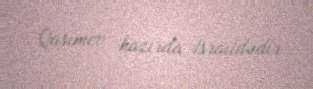
Qasımov hazırda İsraildədir.